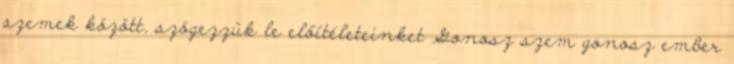
szemek között, szögezzük le előítéleteinket Gonosz szem gonosz ember